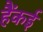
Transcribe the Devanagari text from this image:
हैंकई